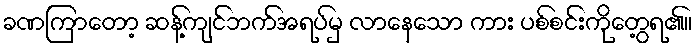
ခဏကြာတော့ ဆန့်ကျင်ဘက်အရပ်မှ လာနေသော ကား ပစ်စင်းကိုတွေ့ရ၏။